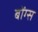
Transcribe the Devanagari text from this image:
बोंग्स